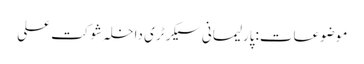
موضوعات:پارلیمانی سیکرٹری داخلہ شوکت علی